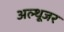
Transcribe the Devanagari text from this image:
अल्थूजर